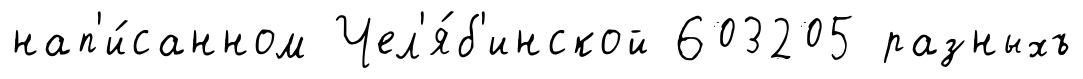
нап'и́санном Чел'я́б'инской 603205 разныхъ